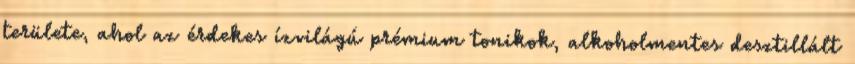
területe, ahol az érdekes ízvilágú prémium tonikok, alkoholmentes desztillált